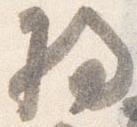
将